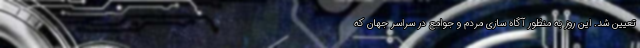
تعیین شد. این روز به منظور آگاه سازی مردم و جوامع در سراسر جهان که